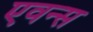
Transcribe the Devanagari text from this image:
एवन्स